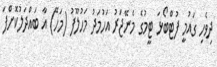
ދިވެހި ގައުމީ ފުޓްބޯޅަ ޓީމުގެ މެނޭޖަރު އަހުމަދު މަހުލޫފު (މަހޭ) އާ ބައްދަލުކޮށްފަ